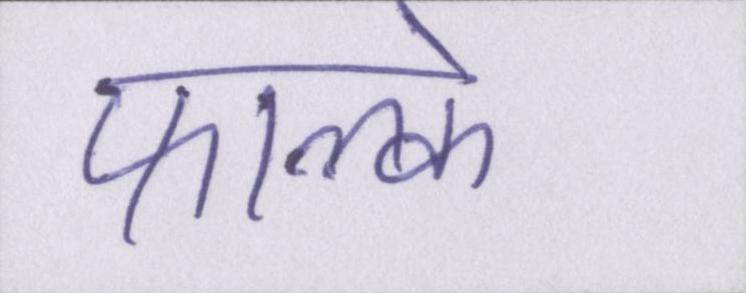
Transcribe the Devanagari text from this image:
फाल्के